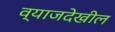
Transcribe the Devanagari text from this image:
व्याजदेखील